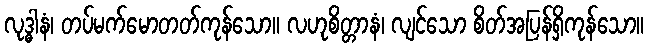
လုဒ္ဓါနံ၊ တပ်မက်မောတတ်ကုန်သော။ လဟုစိတ္တာနံ၊ လျင်သော စိတ်အပြန်ရှိကုန်သော။